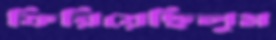
ফিরিয়েছিলুম